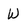
Character: W